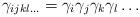
LaTeX: \begin{align*}\gamma_{ijkl \ldots }=\gamma_{i}\gamma_{j}\gamma_{k}\gamma_{l} \ldots\end{align*}